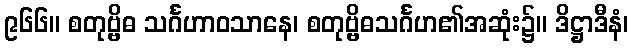
၉၆၆။ စတုဗ္ဗိဓ သင်္ဂဟာဝသာနေ၊ စတုဗ္ဗိဓသင်္ဂဟ၏အဆုံး၌။ ဒိဋ္ဌာဒီနံ၊